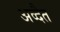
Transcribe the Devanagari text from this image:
अव्दैत